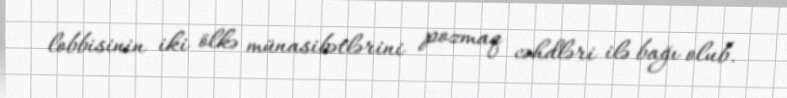
lobbisinin iki ölkə münasibətlərini pozmaq cəhdləri ilə bağı olub.